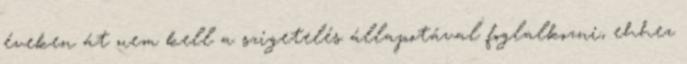
éveken át nem kell a szigetelés állapotával foglalkozni, ehhez